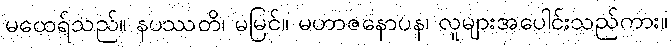
မထေရ်သည်။ နပဿတိ၊ မမြင်။ မဟာဇနောပန၊ လူများအပေါင်းသည်ကား။